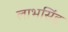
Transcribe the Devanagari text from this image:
लाभसिंह